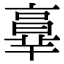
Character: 𦎧